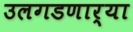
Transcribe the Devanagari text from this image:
उलगडणार्‍या